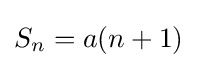
S_{n}=a(n+1)